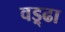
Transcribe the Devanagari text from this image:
वड्र्ढा